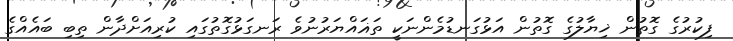
ފިކުރުގެ ގޮތުން ޚިޔާލުގެ ގޮތުން އަޅުގަނޑުމެންނަކީ ތަޣައްޔަރުނުވެ ރަނގަޅުގޮތުގައި ކުރިއަށްދާން ތިބި ބައެއްގެ